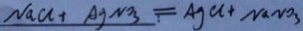
N a C l + A g N O _ { 3 } = A g C l + N a N O _ { 3 }